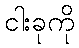
ငါးခုကို